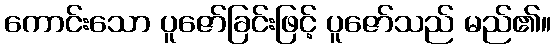
ကောင်းသော ပူဇော်ခြင်းဖြင့် ပူဇော်သည် မည်၏။